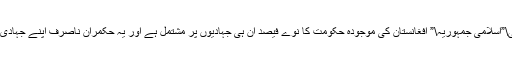
لیکن جو بھی ہوا آج تک دنیا نے اسے دہشت گردی قرار نہیں دیا اور آج بھی\”اسلامی جمہوریہ\” افغانستان کی موجودہ حکومت کا نوے فیصد ان ہی جہادیوں پر مشتمل ہے اور یہ حکمران ناصرف اپنے جہادی ماضی پر بدستور فخر کرتے ہیں بلکہ خود کو اسلام پسند بھی کہلواتے ہیں۔